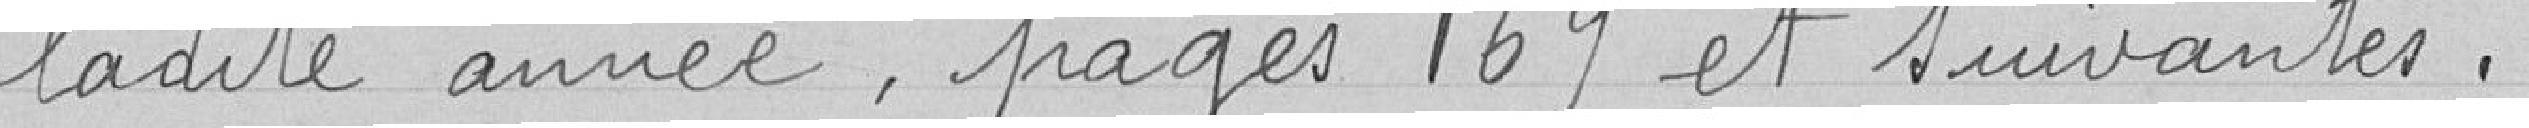
ladite année, pages 169 et suivantes.